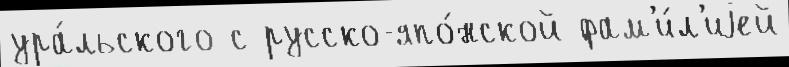
ура́льского с русско-япо́нской фам'и́л'иjей